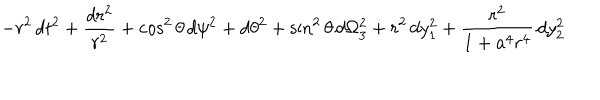
LaTeX: - r ^ { 2 } \, d t ^ { 2 } + { \frac { d r ^ { 2 } } { r ^ { 2 } } } + \cos ^ { 2 } \theta \, d \psi ^ { 2 } + d \theta ^ { 2 } + \sin ^ { 2 } \theta \, d \Omega _ { 3 } ^ { 2 } + r ^ { 2 } \, d y _ { 1 } ^ { 2 } + { \frac { r ^ { 2 } } { 1 + a ^ { 4 } r ^ { 4 } } } \, d y _ { 2 } ^ { 2 }